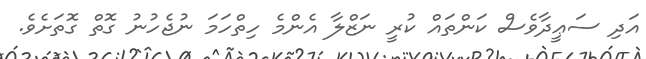
އަދި ސަޢީދާވެސް ކަންތައް ކުރީ ނަޒްލާ އެންމެ ހިތްހަމަ ނުޖެހުނު ގޮތް ގޮތަށެވެ.